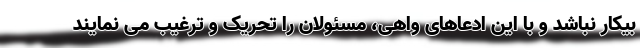
بیکار نباشد و با این ادعاهای واهی، مسئولان را تحریک و ترغیب می نمایند